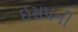
ઈસપની